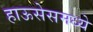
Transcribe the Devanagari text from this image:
हाऊसेसमध्ये